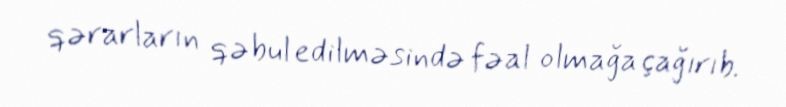
qərarların qəbul edilməsində fəal olmağa çağırıb.